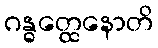
ဂန္ဓတ္ထေနောတိ